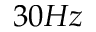
3 0 H z